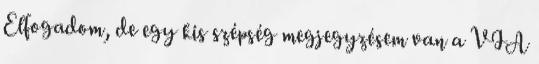
Elfogadom, de egy kis szépség megjegyzésem van a VIA